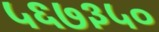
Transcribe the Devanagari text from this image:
५६७३५०